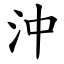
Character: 沖